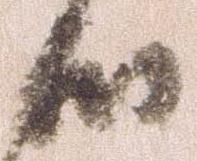
候